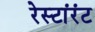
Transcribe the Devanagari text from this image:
रेस्टांरंट